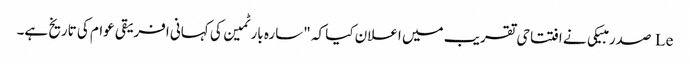
Le صدر مبیکی نے افتتاحی تقریب میں اعلان کیا کہ "سارہ بارٹمین کی کہانی افریقی عوام کی تاریخ ہے۔